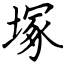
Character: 塚